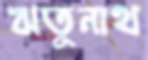
ঋতুনাথ